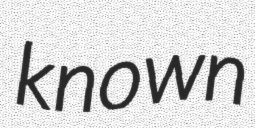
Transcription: known